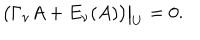
\bigl ( \Gamma _ { \nu } A + E _ { \nu } ( A ) \bigr ) \big | _ { U } = 0 .